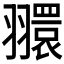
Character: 𦒠